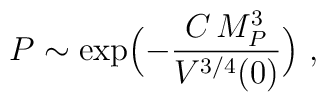
P \sim \exp\Bigl(-{C\, M_P^3\over V^{3/4}(0)}\Bigr) \ ,